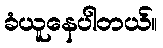
ခံယူနေပါတယ်။